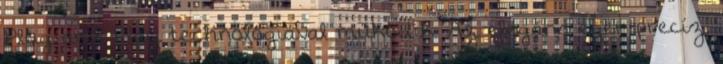
Plug and Play technológiával működik. Az elegáns egér precíz,